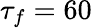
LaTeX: \tau_{f}=60